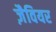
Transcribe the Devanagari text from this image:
ज़ैवियर